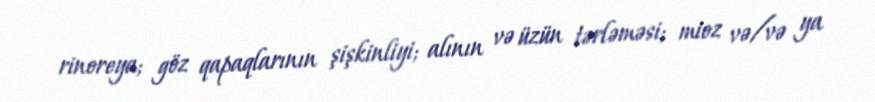
rinoreya; göz qapaqlarının şişkinliyi; alının və üzün tərləməsi; mioz və/və ya